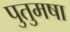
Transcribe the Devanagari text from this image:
पुतुमषा